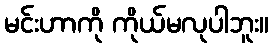
မင်းဟာကို ကိုယ်မလုပါဘူး။